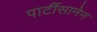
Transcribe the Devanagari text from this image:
पार्टीसानेन